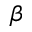
\beta